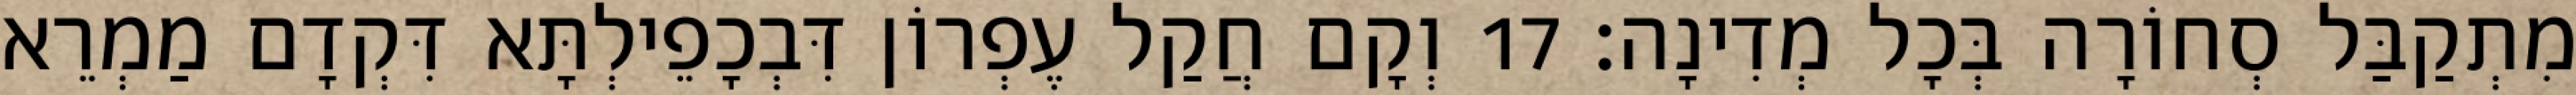
מִתְקַבַּל סְחוֹרָה בְּכָל מְדִינָה׃ 17 וְקָם חֲקַל עֶפְרוֹן דִּבְכָפֵילְתָּא דִּקְדָם מַמְרֵא